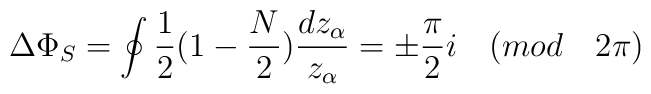
\Delta\Phi_{S}=\oint \frac{1}{2}(1-\frac{N}{2})\frac{dz_{\alpha}}{z_{\alpha}}=\pm \frac{\pi}{2}i\quad (mod\quad 2\pi)